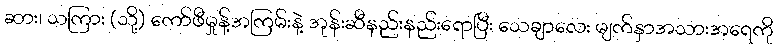
ဆား၊ သကြား (သို့) ကော်ဖီမှုန့်အကြမ်းနဲ့ အုန်းဆီနည်းနည်းရောပြီး သေချာလေး မျက်နှာအသားအရေကို